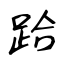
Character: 跲